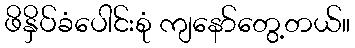
ဖိနှိပ်ခံပေါင်းစုံ ကျနော်တွေ့တယ်။